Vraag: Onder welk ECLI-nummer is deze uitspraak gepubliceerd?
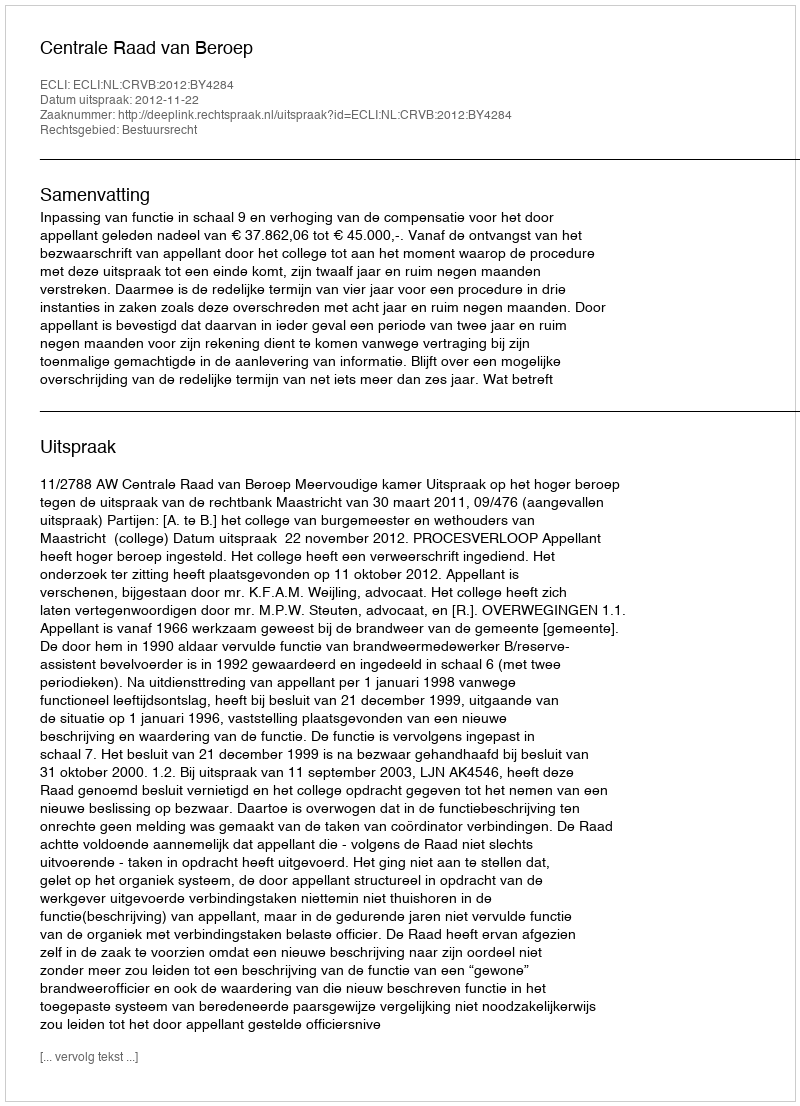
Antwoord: ECLI:NL:CRVB:2012:BY4284